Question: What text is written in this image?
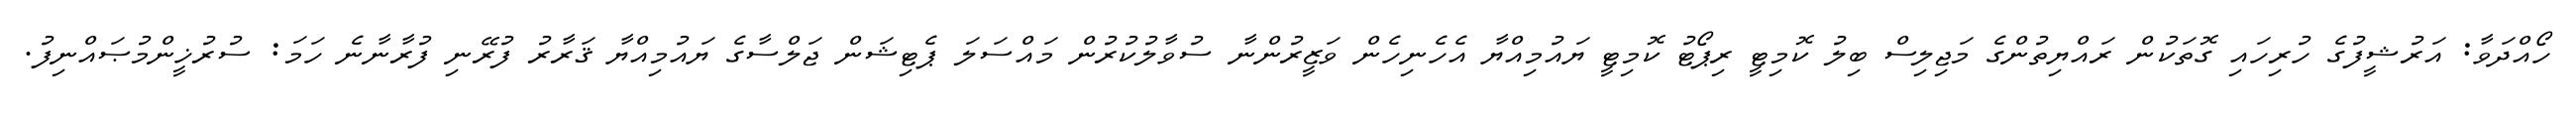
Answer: ހޯއްދަވާ: އަރުޝީފުގެ ހުރިހައި ގޮތަކުން ރައްޔިތުންގެ މަޖިލިސް ބިލު ކޮމިޓީ ރިޕޯޓު ކޮމިޓީ ޔައުމިއްޔާ އެހެނިހެން ވަޒީރުންނާ ސުވާލުކުރުން މައްސަލަ ޕެޓިޝަން ޖަލްސާގެ ޔައުމިއްޔާ ޤަރާރު ފުރޭނި ފުރާނާނެ ހަމަ: ސުރުޚީންމުޞައްނިފު.